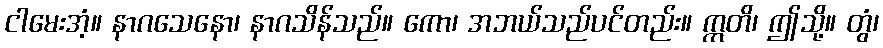
ငါမေးအံ့။ နာဂသေနော၊ နာဂသိန်သည်။ ကော၊ အဘယ်သည်ပင်တည်း။ ဣတိ၊ ဤသို့။ တွံ၊